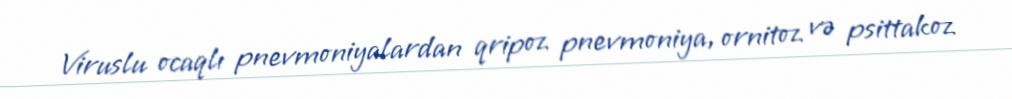
Viruslu ocaqlı pnevmoniyalardan qripoz pnevmoniya, ornitoz və psittakoz